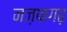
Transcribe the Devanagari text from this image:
नज़फगढ़